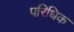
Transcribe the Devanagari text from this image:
परिधिक